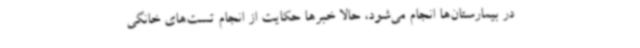
در بیمارستان‌ها انجام می‌شود، حالا خبرها حکایت از انجام تست‌های خانگی